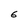
Character: 6